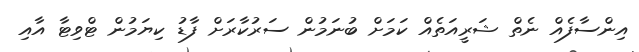
އިންސާފެއް ނެތް ޝަރީއަތެއް ކަމަށް ބުނަމުން ސަރުކާރަށް ފާޑު ކިޔަމުން ޓްވިޓާ އާއި